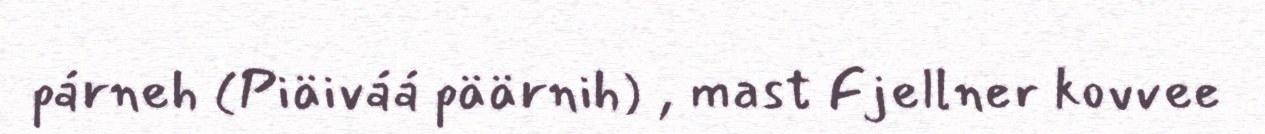
párneh (Piäiváá päärnih) , mast Fjellner kovvee